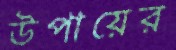
উপায়ের